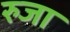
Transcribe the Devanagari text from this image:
रुजा